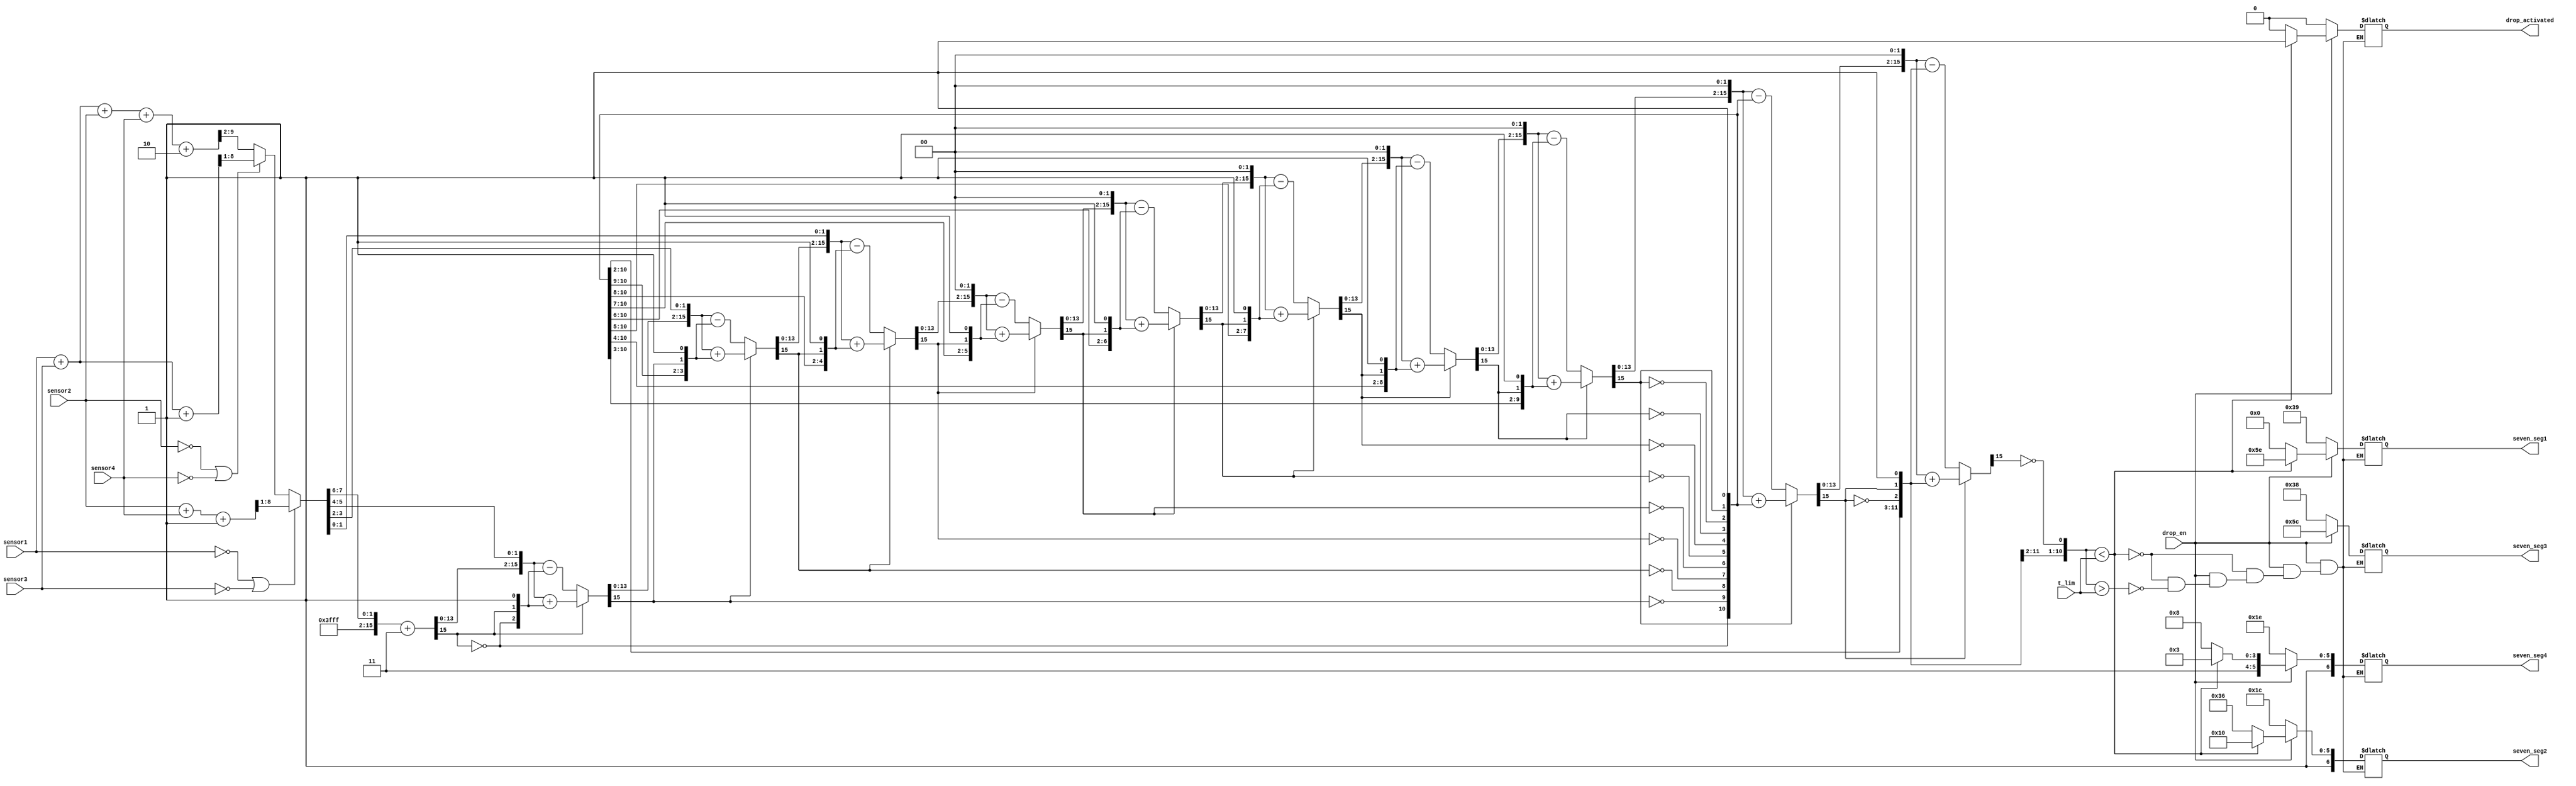
//////////////////////////////////////////////////////////////////////////////////

// Necula Mihai, 332AB

//////////////////////////////////////////////////////////////////////////////////
module baggage_drop(
    output reg [6:0] seven_seg1,
    output reg [6:0] seven_seg2,
    output reg [6:0] seven_seg3,
    output reg [6:0] seven_seg4,
    output reg [0:0] drop_activated,
    input [7:0] sensor1,
    input [7:0] sensor2,
    input [7:0] sensor3,
    input [7:0] sensor4,
    input [15:0] t_lim,
    input drop_en
    );

reg [15:0] t_act;
// sensors_input module
reg [7:0] height;
reg [8:0] media;
// square_root module
reg [15:0] out;
reg [15:0] sqrt; // radacina
reg [31:0] x; // valoarea de sub radical
reg [15:0] A;
reg [15:0] val;
reg [15:0] M;
reg [15:0] R; // r = rest, M = divisor, 
reg [5:0] i;
//reg MSB;
//reg u;

always @(*) begin

media = 0;
if(sensor1 == 0 || sensor3 == 0) begin
media = (sensor2 + sensor4 + 1) >>> 1;
end
else if(sensor2 == 0 || sensor4 == 0) begin
media = (sensor1 + sensor3 + 1) >>> 1;
end
else begin 
media = (sensor1 + sensor3 + sensor2 + sensor4 + 2) >>> 2;
end

height = media;

x=height<<16; // pentru fiecare 2 biti shiftati se adauga o zecimala dupa virgula (obtinem o precizie mai buna)
sqrt = 16'b0;
A = 16'b0; // acumulator
M = 16'b0; // divisor
R = 16'b0; // remainder

for(i=0; i<16; i=i+1) begin
	 A = {R[15:0], x[31:30]}; // in momentul in care incepem calcularea radicalului, coboram cate 2 biti pana ajungem la final
	// $display("A = %b", A);
	 val = {sqrt, R[15]}; // umplem sqrt cu MSB-ul din rest
	// $display("val = %b", val);
	 M = {val, 1'b1};
	// $display("M = %b", M);
    x=x<<2;
    R = (R[15] == 1 ? A + M : A - M); // daca MSB e 1 - bit de semn (negativ), adunam daca e negativ si scadem, daca R e pozitiv
	
    sqrt={sqrt[14:0],!R[15]};
end

out = sqrt; // rezultatul final
t_act = out >> 1; // pentru baggage drop aplicam formula din enunt t_act = sqrt(height) / 2

if(!drop_en) begin
	// cold
	seven_seg1 = 7'b0111001;
	seven_seg2 = 7'b1011100;
	seven_seg3 = 7'b0111000;
	seven_seg4 = 7'b1011110;
	drop_activated = 0;
end

else if (t_act < t_lim) begin
	// drop
	seven_seg1 = 7'b1011110;
	seven_seg2 = 7'b1010000;
	seven_seg3 = 7'b1011100;
	seven_seg4 = 7'b1110011;
	drop_activated = 1;

end

else if(t_act > t_lim) begin
	// hot
	seven_seg1 = 7'b0000000;
	seven_seg2 = 7'b1110110;
	seven_seg3 = 7'b1011100;
	seven_seg4 = 7'b1111000;
	drop_activated = 0;
end
end

endmodule